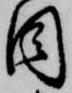
目